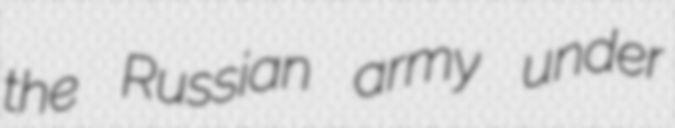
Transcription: the Russian army under